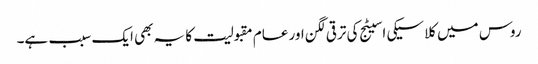
روس میں کلاسیکی اسیٹج کی ترقی لگن اور عام مقبولیت کا یہ بھی ایک سبب ہے۔